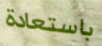
باستعادة